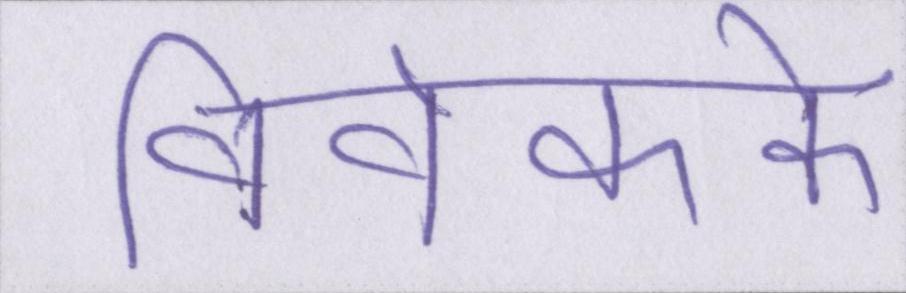
विवेकके